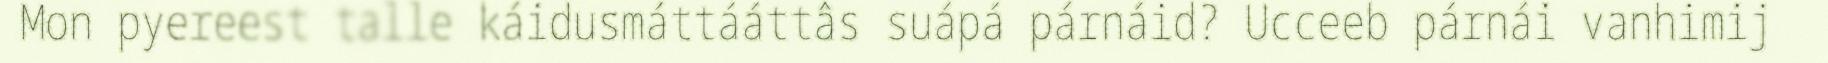
Mon pyereest talle káidusmáttááttâs suápá párnáid? Ucceeb párnái vanhimij